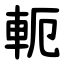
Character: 軛